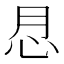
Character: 𢗯